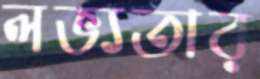
লভ্যতার